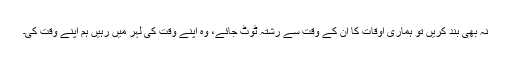
نہ بھی بند کریں تو ہماری اوقات کا ان کے وقت سے رشتہ ٹوٹ جائے، وہ اپنے وقت کی لہر میں رہیں ہم اپنے وقت کی۔